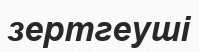
зертгеуші